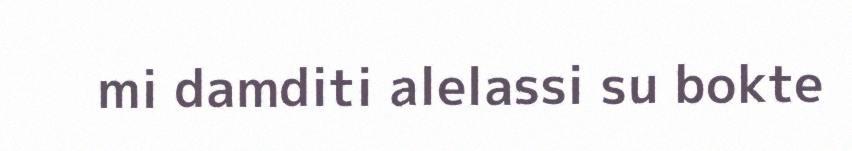
mi damditi alelassi su bokte